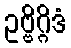
ဥဗ္ဗိဂ္ဂိဒံ